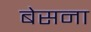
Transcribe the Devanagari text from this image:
बेसना